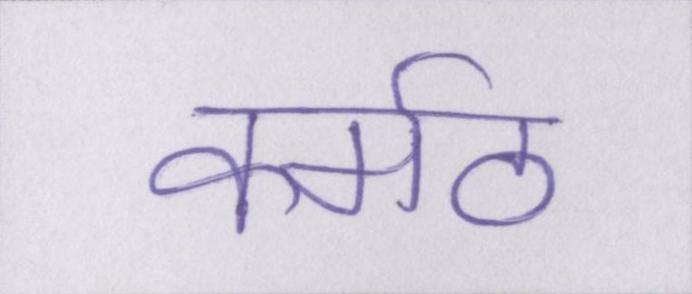
कर्मठ